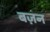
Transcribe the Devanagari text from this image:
बज़न